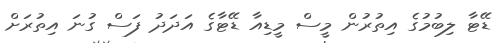
ޑޭޓާ ލިބުމުގެ އިތުރުން މީސް މީޑިއާ ޑޭޓާގެ އަދަދު ފަސް ގުނަ އިތުރަށް